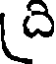
ది